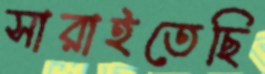
সারাইতেছি